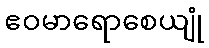
ဧဝမာရောစေယျုံ